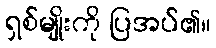
ရှစ်မျိုးကို ပြအပ်၏။